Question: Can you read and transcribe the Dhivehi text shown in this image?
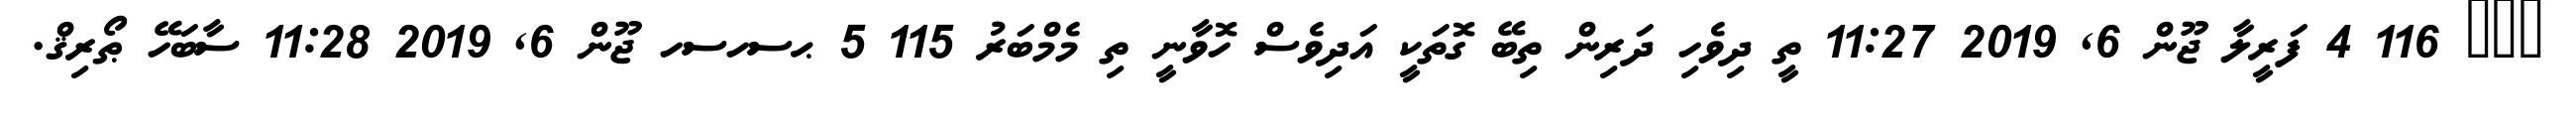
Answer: ??? 116 4 ފަރީލާ ޖޫން 6, 2019 11:27 ތީ ދިވެހި ދަރިން ތިބޭ ގޮތަކީ އަދިވެސް ހޮވާނީ ތި މެމްބަރު 115 5 ޙސހސހ ޖޫން 6, 2019 11:28 ސާބަހޭ ޠޯރިޤް.